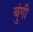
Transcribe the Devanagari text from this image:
बुंगी